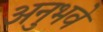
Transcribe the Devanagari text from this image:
अनुभवे